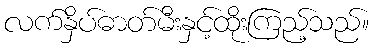
လက်နှိပ်ဓာတ်မီးနှင့်ထိုးကြည့်သည်။